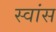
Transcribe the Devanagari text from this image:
स्वांस